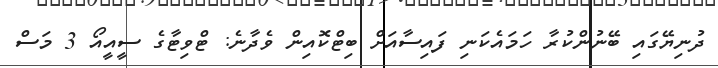
ދުނިޔޭގައި ބޭނުންކުރާ ހަމައެކަނި ފައިސާއަށް ބިޓްކޮއިން ވެދާނެ: ޓްވިޓާގެ ސީއީއޯ 3 މަސް